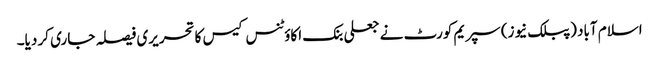
اسلام آباد (پبلک نیوز) سپریم کورٹ نے جعلی بنک اکاؤٹنس کیس کا تحریری فیصلہ جاری کر دیا۔